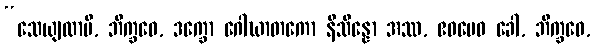
“သေယျထာပိ, ဘိက္ခဝေ, ဒက္ခော ဂေါဃာတကော နိသိန္နော အဿ, ဧဝမေဝ ခေါ, ဘိက္ခဝေ,